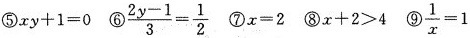
⑤$$x y + 1 = 0$$ ⑥$$\frac { 2 y - 1 } { 3 } = \frac { 1 } { 2 }$$ ⑦$$x = 2 $$ ⑧$$x + 2 > 4$$ ⑨$$\frac { 1 } { x } = 1$$